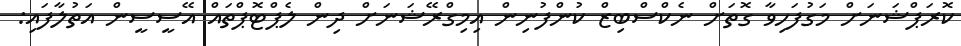
ކޮރަޕްޝަނަށް މަގުފަހިވާ ގޮތަށް ނެކްސްބިޒް ކުންފުނިން އިމިގްރޭޝަނަށް ދިން ލެޕްޓޮޕްތައް އޭސީސީން އަތުލާފައި: